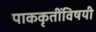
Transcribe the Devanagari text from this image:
पाककृतींविषयी